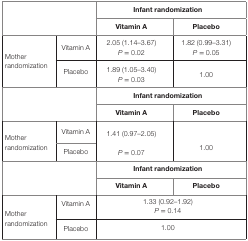
<table><thead><tr><td rowspan="2" colspan="2"></td><td colspan="2"><b>Infant randomization</b></td></tr><tr><td><b>Vitamin A</b></td><td><b>Placebo</b></td></tr></thead><tbody><tr><td rowspan="2">Mother randomization</td><td>Vitamin A</td><td>2.05 (1.14–3.67)<i>P</i> = 0.02</td><td>1.82 (0.99–3.31)<i>P</i> = 0.05</td></tr><tr><td>Placebo</td><td>1.89 (1.05–3.40)<i>P</i> = 0.03</td><td>1.00</td></tr><tr><td rowspan="2" colspan="2"></td><td colspan="2"><b>Infant randomization</b></td></tr><tr><td><b>Vitamin A</b></td><td><b>Placebo</b></td></tr><tr><td rowspan="2">Mother randomization</td><td>Vitamin A</td><td rowspan="2">1.41 (0.97–2.05)<i>P</i> = 0.07</td><td rowspan="2">1.00</td></tr><tr><td>Placebo</td></tr><tr><td rowspan="2" colspan="2"></td><td colspan="2"><b>Infant randomization</b></td></tr><tr><td><b>Vitamin A</b></td><td><b>Placebso</b></td></tr><tr><td rowspan="2">Mother randomization</td><td>Vitamin A</td><td colspan="2">1.33 (0.92–1.92)<i>P</i> = 0.14</td></tr><tr><td>Placebo</td><td colspan="2">1.00</td></tr></tbody></table>